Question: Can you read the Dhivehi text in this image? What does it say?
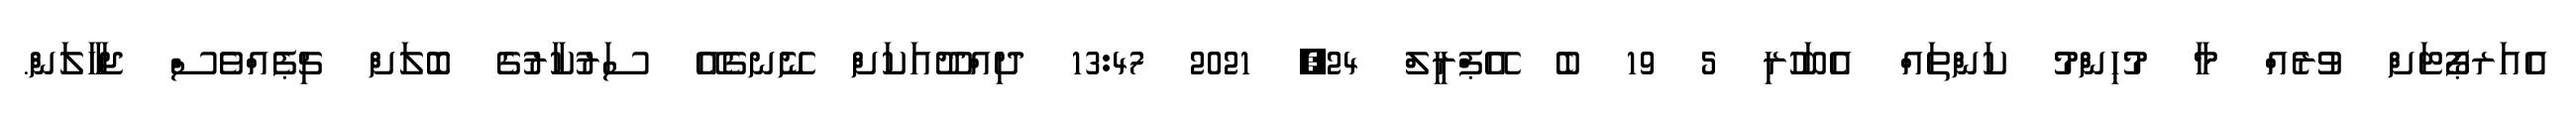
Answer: އެއަރޕޯޓަށް ވުރެއް މާ މުހިންމު ކަންތައް އެބަހުރި 5 19 ބެ އޭޕްރީލް 24, 2021 13:47 ދިއްދޫއަކަށް ނޭނގެއޭ ސަރުކާރުގެ ބޮލަށް ޗިޕެއްވެސް ޖަހާލަން.